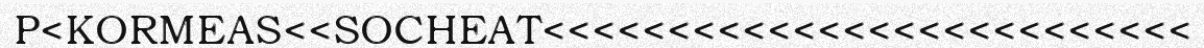
P<KORMEAS<<SOCHEAT<<<<<<<<<<<<<<<<<<<<<<<<<<